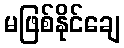
မဖြစ်နိုင်ချေ